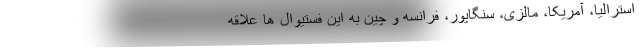
استرالیا، آمریکا، مالزی، سنگاپور، فرانسه و چین به این فستیوال ها علاقه